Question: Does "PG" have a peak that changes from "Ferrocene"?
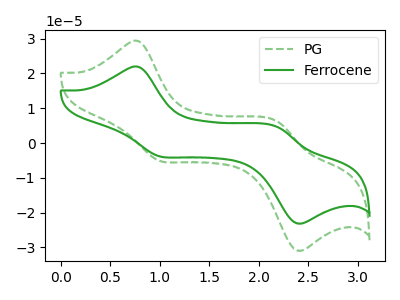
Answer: <think>The green dashed curve "PG" has anodic peaks at (0.80V, 29.30uA) (2.20V, 6.20uA) and cathodic peaks at (1.00V, -5.10uA) (2.40V, -30.70uA). The green curve "Ferrocene" has anodic peaks at (0.80V, 21.95uA) (2.20V, 4.65uA) and cathodic peaks at (1.00V, -3.80uA) (2.40V, -22.95uA).
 All the peaks in "PG" have a peak in "Ferrocene" at the same potential. Every peak in "PG" is higher than every peak in "Ferrocene".</think>
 <answer>No, "PG" and "Ferrocene" don't appear to be significantly different in shape</answer>
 <eval>no_change</eval>